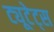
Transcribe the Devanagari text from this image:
ट्यूटेट्स